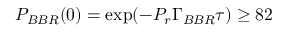
P _ { B B R } ( 0 ) = \exp ( - P _ { r } \Gamma _ { B B R } \tau ) \geq 8 2 \